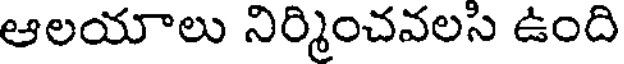
ఆలయాలు నిర్మించవలసి ఉంది